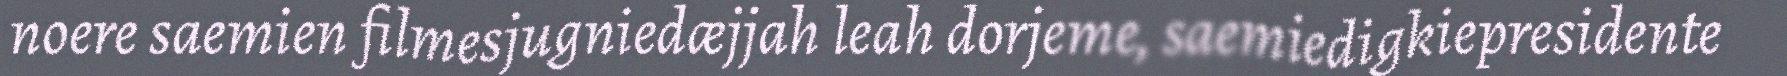
noere saemien filmesjugniedæjjah leah dorjeme, saemiedigkiepresidente